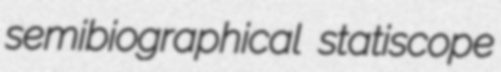
semibiographical statiscope